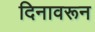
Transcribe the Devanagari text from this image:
दिनावरून